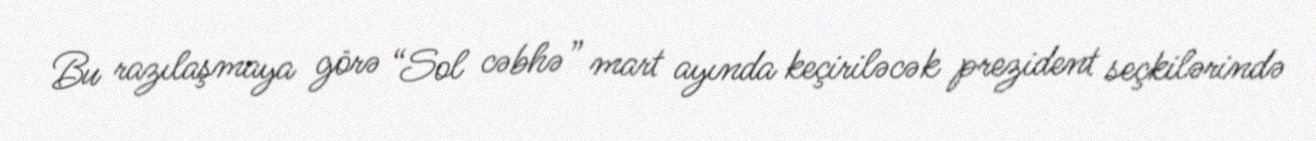
Bu razılaşmaya görə “Sol cəbhə” mart ayında keçiriləcək prezident seçkilərində